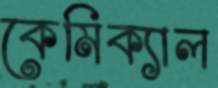
কেমিক্যাল